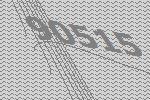
90515